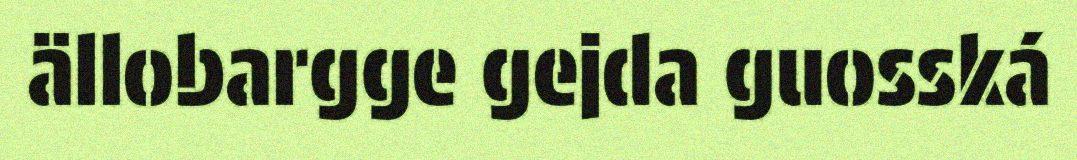
ällobargge gejda guosská